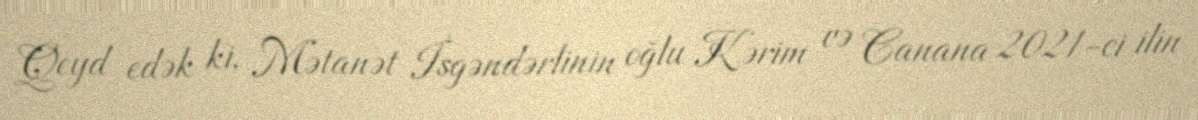
Qeyd edək ki, Mətanət İsgəndərlinin oğlu Kərim və Canana 2021-ci ilin